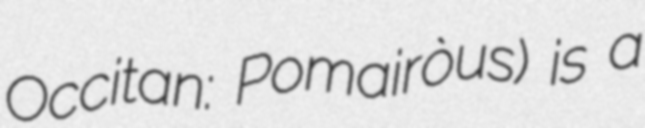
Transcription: Occitan: Pomairòus) is a